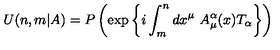
U ( n , m \vert A ) = P \left( \exp \left\{ i \int _ { m } ^ { n } d x ^ { \mu } \ A _ { \mu } ^ { \alpha } ( x ) T _ { \alpha } \right\} \right)